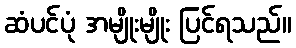
ဆံပင်ပုံ အမျိုးမျိုး ပြင်ရသည်။